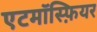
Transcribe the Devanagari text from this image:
एटमॉस्फ़ियर